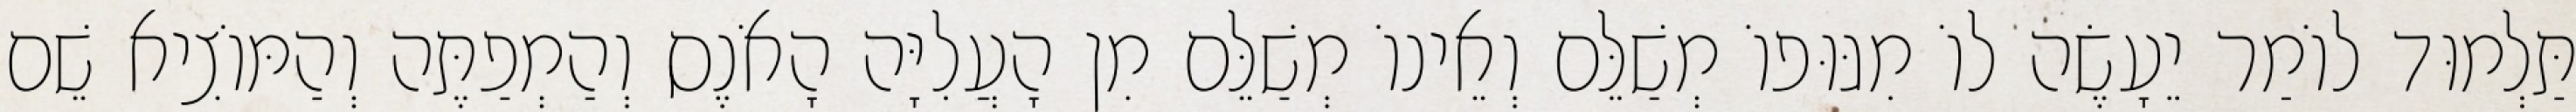
תַּלְמוּד לוֹמַר יֵעָשֶׂה לוֹ מִגּוּפוֹ מְשַׁלֵּם וְאֵינוֹ מְשַׁלֵּם מִן הָעֲלִיָּה הָאֹנֶס וְהַמְפַתֶּה וְהַמּוֹצִיא שֵׁם